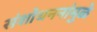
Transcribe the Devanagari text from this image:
संशोधननांमुळे